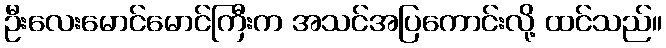
ဦးလေးမောင်မောင်ကြီးက အသင်အပြကောင်းလို့ ထင်သည်။